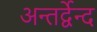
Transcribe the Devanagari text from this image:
अन्तर्द्वेन्द